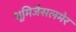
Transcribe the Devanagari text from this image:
भूमिजैसलमेर